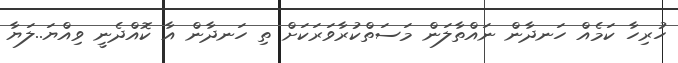
ހުރިހާ ކަމެއް ހަނދާން ނައްތާލަން މަސަތްކުރާވަރަކަށް ތި ހަނދާން އާ ކޮއްދެނީ ވިއްޔަ..ލަޔާ